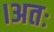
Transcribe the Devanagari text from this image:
।अतः